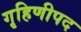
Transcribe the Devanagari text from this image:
गृहिणीपद